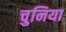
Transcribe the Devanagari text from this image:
चुनिया